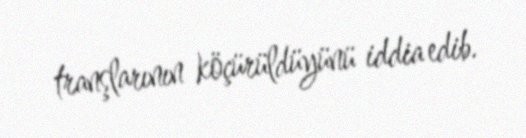
tranşlarının köçürüldüyünü iddia edib.